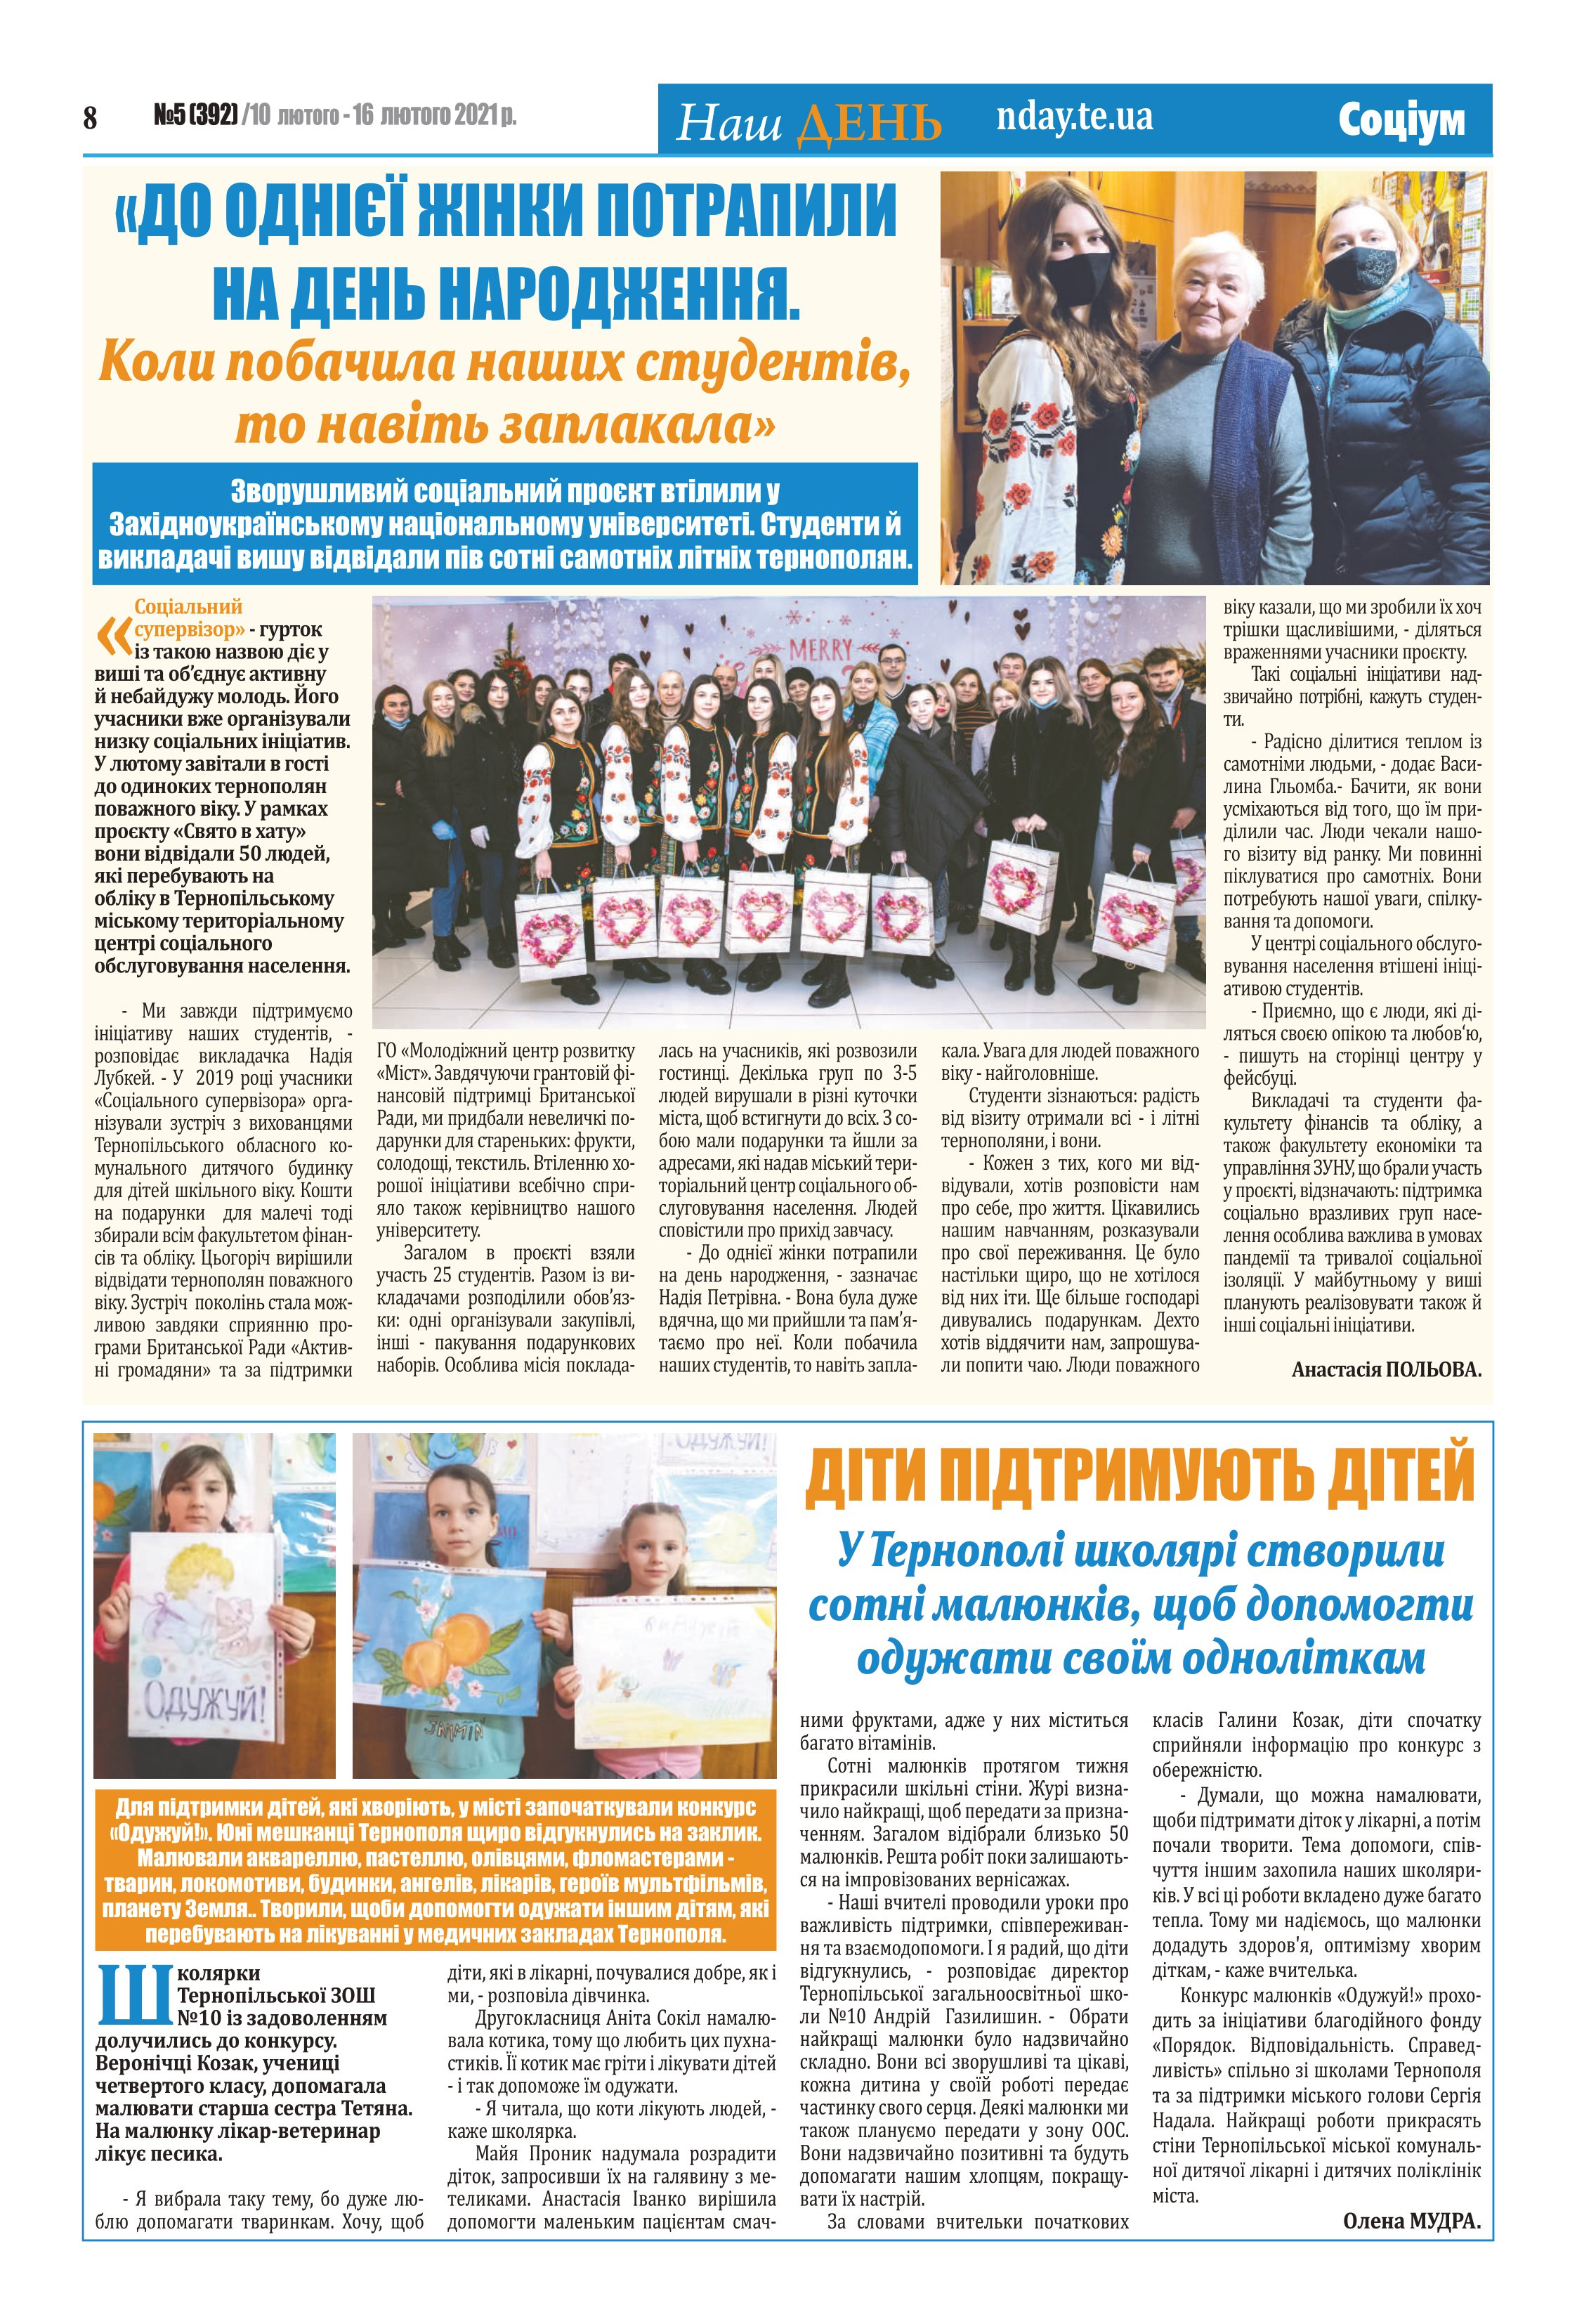
Language: uk